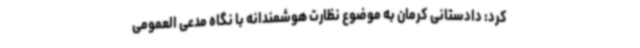
کرد: دادستانی کرمان به موضوع نظارت هوشمندانه با نگاه مدعی العمومی